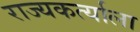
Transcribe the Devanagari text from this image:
राज्यकर्त्याला